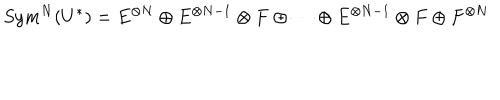
S y m ^ { N } ( U ^ { * } ) = E ^ { \otimes N } \oplus E ^ { \otimes N - 1 } \otimes F \oplus \cdots \oplus E ^ { \otimes N - 1 } \otimes F \oplus F ^ { \otimes N }